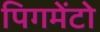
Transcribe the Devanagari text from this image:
पिगमेंटो